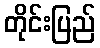
တိုင်းပြည်